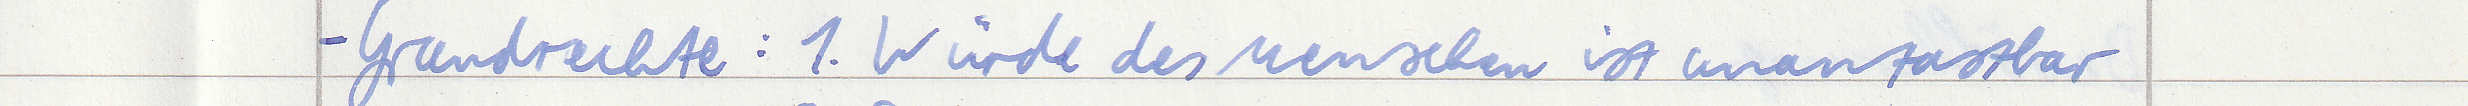
- Grundrechte : 1. Würde des Menschen ist unantastbar